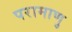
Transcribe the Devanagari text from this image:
परामाणु